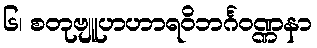
၆၊ စတုဗျူဟဟာရဝိဘင်္ဂဝဏ္ဏနာ